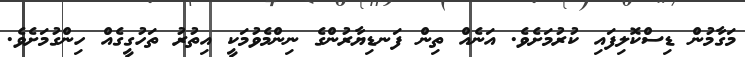
މަގާމުން ޑިސްކޮލިފައި ކުރުމަށެވެ. އަނެއް ތިން ފަނޑިޔާރުންގެ ނިންމެވުމަކީ އިތުރު ތަހުގީގެއް ހިންގުމަށެވެ.